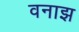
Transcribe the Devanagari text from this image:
वनाझ